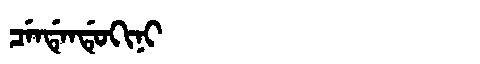
Manchu: ᠴᡝᠨᡩᡝᠨᡩᡠᡴᡳᠨᡳ
Romanization: CENDENDUKINI